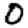
Digit: 0